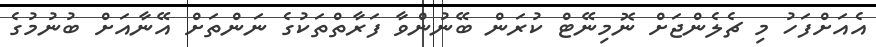
އެއަށްފަހު މި ޗެލެންޖަށް ނޮމިނޭޓް ކުރަން ބޭނުންވާ ފަރާތްތަކުގެ ނަންތަށް އޭނާއަށް ބުނުމުގެ